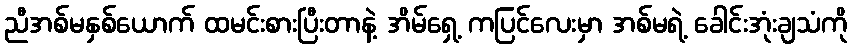
ညီအစ်မနှစ်ယောက် ထမင်းစားပြီးတာနဲ့ အိမ်ရှေ့ ကပြင်လေးမှာ အစ်မရဲ့ ခေါင်းအုံးချသံကို